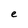
Character: e